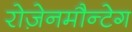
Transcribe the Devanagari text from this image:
रोज़ेनमौन्टेग